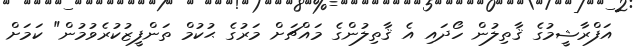
އަފްރާޝީމުގެ ޤާތިލުން ހޯދައި އެ ޤާތިލުންގެ މައްޗަށް މަރުގެ ޙުކުމް ތަންފީޒުކުރެވުމުން" ކަމަށް